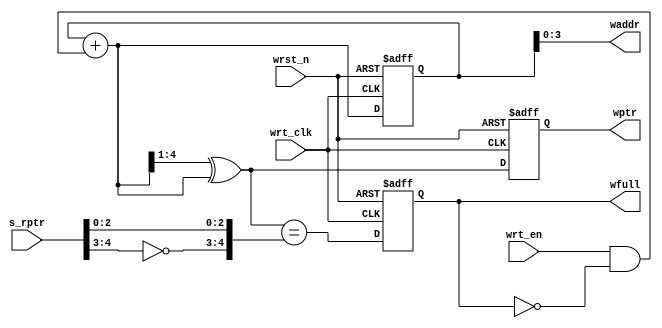
`timescale 1ns/10ps
module wptr_full #(
   parameter ASIZE = 4
)
(  input  wire             wrt_en ,
   input  wire             wrt_clk   , 
   input  wire             wrst_n , 
   input  wire [ASIZE:0]   s_rptr , 
   output reg              wfull  ,
   output      [ASIZE-1:0] waddr  ,
   output reg  [ASIZE :0]  wptr
);
   reg  [ASIZE:0] bin;
   wire [ASIZE:0] gnext, bnext;
   wire full_val ; 
   
   always @(posedge wrt_clk or negedge wrst_n) begin 
      if (!wrst_n) begin 
         {bin, wptr} <= 0;
      end else begin 
         {bin, wptr} <= {bnext, gnext};
      end 
   end 

   assign waddr = bin[ASIZE-1:0];
   assign bnext = bin + (wrt_en & ~wfull);
   assign gnext = (bnext>>1) ^ bnext;
  
   assign full_val = (gnext == {~s_rptr[ASIZE:ASIZE-1],s_rptr[ASIZE-2:0]} );
   always @(posedge wrt_clk or negedge wrst_n) begin 
      if (!wrst_n) begin 
         wfull <= 1'b0;
      end else begin  
         wfull <= full_val;
      end 
   end 
endmodule